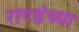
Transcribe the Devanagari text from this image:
राण्डंच्या